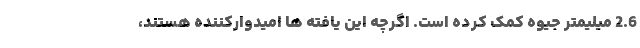
2.6 میلیمتر جیوه کمک کرده است. اگرچه این یافته ها امیدوارکننده هستند،